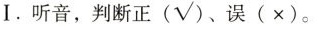
I. 听音，判断正(√)、误(×)。